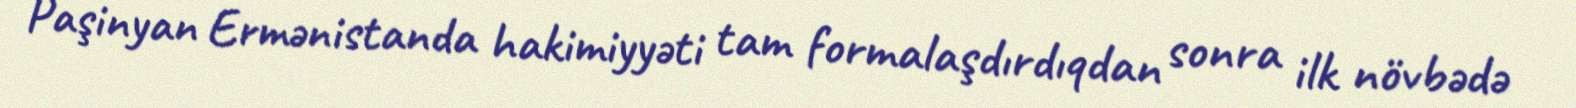
Paşinyan Ermənistanda hakimiyyəti tam formalaşdırdıqdan sonra ilk növbədə